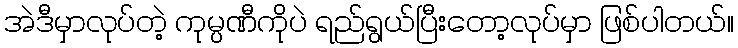
အဲဒီမှာလုပ်တဲ့ ကုမ္ပဏီကိုပဲ ရည်ရွယ်ပြီးတော့လုပ်မှာ ဖြစ်ပါတယ်။